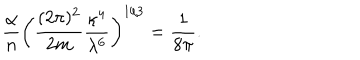
{ \frac { \alpha } { n } } \bigg ( { \frac { ( 2 \pi ) ^ { 2 } } { 2 m } } { \frac { \kappa ^ { 4 } } { \lambda ^ { 6 } } } \bigg ) ^ { 1 / 3 } = { \frac { 1 } { 8 \pi } } .